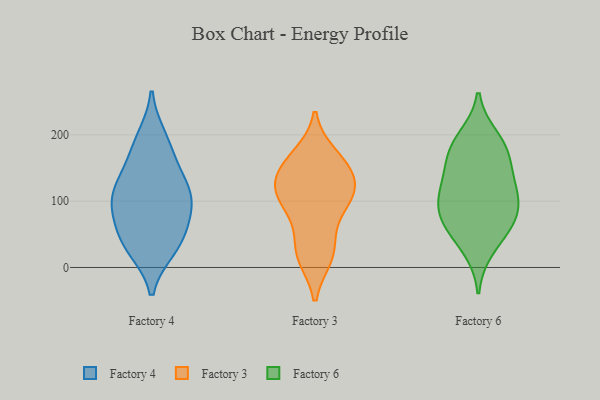
{"axis": {"x": "Net Income (USD K)", "y": "Value"}, "legend": ["Factory 3", "Factory 4", "Factory 6"], "data": [{"x": "", "y": 124, "type": "Factory 4"}, {"x": "", "y": 179, "type": "Factory 4"}, {"x": "", "y": 89, "type": "Factory 4"}, {"x": "", "y": 60, "type": "Factory 4"}, {"x": "", "y": 109, "type": "Factory 4"}, {"x": "", "y": 107, "type": "Factory 4"}, {"x": "", "y": 97, "type": "Factory 4"}, {"x": "", "y": 29, "type": "Factory 4"}, {"x": "", "y": 44, "type": "Factory 4"}, {"x": "", "y": 195, "type": "Factory 4"}, {"x": "", "y": 147, "type": "Factory 4"}, {"x": "", "y": 32, "type": "Factory 4"}, {"x": "", "y": 16, "type": "Factory 3"}, {"x": "", "y": 158, "type": "Factory 3"}, {"x": "", "y": 133, "type": "Factory 3"}, {"x": "", "y": 60, "type": "Factory 3"}, {"x": "", "y": 103, "type": "Factory 3"}, {"x": "", "y": 97, "type": "Factory 3"}, {"x": "", "y": 140, "type": "Factory 3"}, {"x": "", "y": 25, "type": "Factory 3"}, {"x": "", "y": 159, "type": "Factory 3"}, {"x": "", "y": 18, "type": "Factory 3"}, {"x": "", "y": 104, "type": "Factory 3"}, {"x": "", "y": 121, "type": "Factory 3"}, {"x": "", "y": 169, "type": "Factory 3"}, {"x": "", "y": 112, "type": "Factory 3"}, {"x": "", "y": 114, "type": "Factory 6"}, {"x": "", "y": 169, "type": "Factory 6"}, {"x": "", "y": 135, "type": "Factory 6"}, {"x": "", "y": 118, "type": "Factory 6"}, {"x": "", "y": 69, "type": "Factory 6"}, {"x": "", "y": 185, "type": "Factory 6"}, {"x": "", "y": 56, "type": "Factory 6"}, {"x": "", "y": 101, "type": "Factory 6"}, {"x": "", "y": 28, "type": "Factory 6"}, {"x": "", "y": 166, "type": "Factory 6"}, {"x": "", "y": 196, "type": "Factory 6"}, {"x": "", "y": 73, "type": "Factory 6"}, {"x": "", "y": 86, "type": "Factory 6"}]}